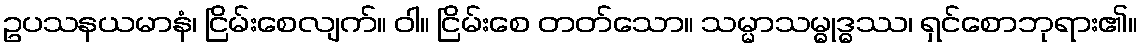
ဥပသနယမာနံ၊ ငြိမ်းစေလျက်။ ဝါ။ ငြိမ်းစေ တတ်သော။ သမ္မာသမ္ဓုဒ္ဓဿ၊ ရှင်စောဘုရား၏။